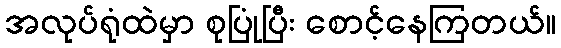
အလုပ်ရုံထဲမှာ စုပြုံပြီး စောင့်နေကြတယ်။